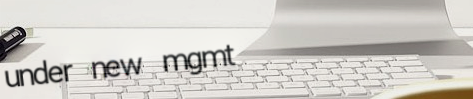
under new mgmt